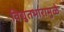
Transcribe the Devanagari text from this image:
विद्युतभारामुळे